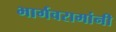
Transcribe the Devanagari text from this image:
भार्गवरामांनी